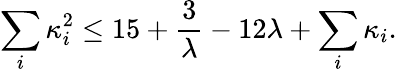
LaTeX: \sum_{i}\kappa_{i}^{2}\leq 15+{\frac{3}{\lambda}}-12\lambda+\sum_{i}\kappa_{i}.